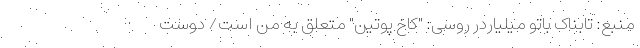
منبع: تابناک باتو میلیاردر روسی: "کاخ پوتین" متعلق به من است/ دوست